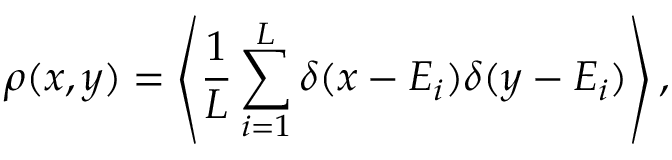
\rho ( x , y ) = \left< \frac { 1 } { L } \sum _ { i = 1 } ^ { L } \delta ( x - \relax E _ { i } ) \delta ( y - \relax E _ { i } ) \right> ,